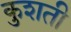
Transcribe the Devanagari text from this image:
कुशती